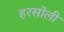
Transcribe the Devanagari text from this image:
हरसोली